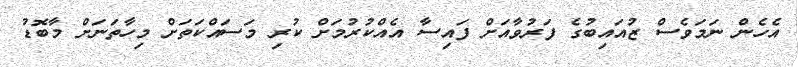
އެހެން ނަމަވެސް ޒުއައިބުގެ ފަރުވާއަށް ފައިސާ އެއްކުރުމަށް ކުރި މަސައްކަތަށް މިހާތަނަށް މާބޮޑު